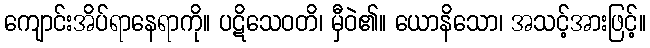
ကျောင်းအိပ်ရာနေရာကို။ ပဋိသေဝတိ၊ မှီဝဲ၏။ ယောနိသော၊ အသင့်အားဖြင့်။